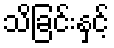
သိခြင်းနှင့်